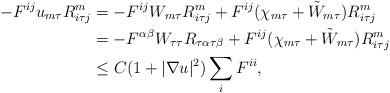
LaTeX: \begin{align*}\begin{aligned}- F^{ij} u_{m\tau} R^m_{i\tau j} &= - F^{ij} W _{m\tau} R^m_{i\tau j} + F^{ij} (\chi_{m\tau} + \tilde{W}_{m\tau}) R^m_{i\tau j} \\&= - F^{\alpha\beta} W_{\tau\tau} R_{\tau\alpha\tau\beta} + F^{ij} (\chi_{m\tau} + \tilde{W}_{m\tau}) R^m_{i\tau j}\\& \leq C (1 + |\nabla u|^2) \sum_i F^{ii},\end{aligned}\end{align*}